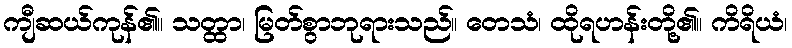
ကျီဆယ်ကုန်၏။ သတ္ထာ၊ မြတ်စွာဘုရားသည်။ တေသံ၊ ထိုရဟန်းတို့၏။ ကိရိယံ၊